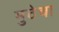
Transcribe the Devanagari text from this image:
मुठेचा